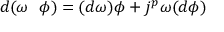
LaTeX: d ( \omega \ \ \phi ) = ( d \omega ) \phi + j ^ { p } \omega ( d \phi )